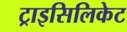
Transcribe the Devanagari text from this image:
ट्राइसिलिकेट